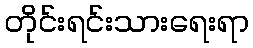
တိုင်းရင်းသားရေးရာ